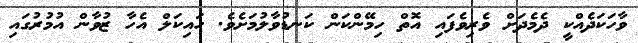
ވާހަކަދެއްކީ ދެމެދަށް ވެރިވެފައި އޮތް ހިމޭންކަން ކަނޑުވާލުމަށެވެ. ހައިކަލް އެހާ ޒުވާން އުމުރުގައި